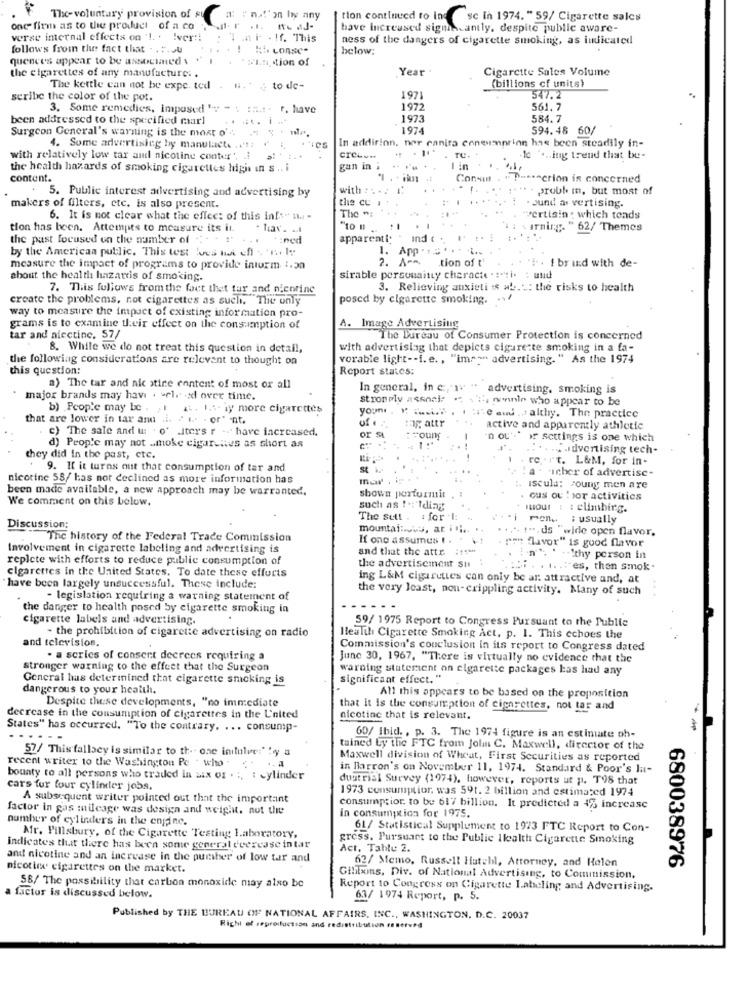
The- voluntary provision of stea: " no!' on by any
tion continued to ind se in 1974. " 59/ Cigarette sales
one firm as to the product of a co
have increased sigmin-antly, despite public aware-
verse internal effects on ' !. . Iver !!
. . ni . If. This
ness of the dangers of cigarette smoking, as indicated
follows from the fact that .. .. Ju
# :. conNC-
below;
quences appear to be associmed \ " I . . sini tion of
the cigarettes of any manufacture: .
Year
Cigarette Sales Volume
(billions of units)
The kettle can not be expe. ted . ". . . to de-
seribe the color of the pot.
1971
547.2
3. Some remedies, imposed " - : ::.: . r. have
1977
561. 7
been addressed to the specified marl
1973
584.7
Surgeon General's warning is the most o'
1974
594.48 60/
In addition, nor canira coneumnrinn has been steadily in-
4. Some advertisieg by manulacte . d' !!
with relatively low tar aud nicotine conter '.
CrCL ...
TU.
to " ... ing trend that be-
the health hazards of smoking cigarettes high in s .. i
gan in . ..
I in
content.
Consu . "
.. action is concerned
5. Public interest advertising and advertising by
with : 1.2 1.
. 1.
. probb mn, but most of
the cu
. ound as vertising.
makers of filters, etc. is also present.
The ":
6. It is not clear what the effect of this infs- a -
wertisin : which tends
tion has been. Attempts to measure its il.
. hav. ..
"to n.
arning. " 62/ Themes
the past focused on the number of 1. - "' .. . .: ned
apparenti
Ind c .,
by the American public. This test tous ha eff , 'n. l:
1. App . . . . . . ..
2. A^^ tion of t'
tion of t'
" !. . I br and with de-
measure the impact of programs to provide intorm t.30
about the health hazattis of smoking.
sirable personaitty charactersi. : und
7. This follows from the fact that tur and nicorine
3. Relieving anxieti is ab .: : the risks to health
create the problems, not cigarettes as such, The only
posed by cigarette smoking.
way to measure the impact of existing information pro-
A. Image Advertising
grams is to examine their effect on the consumption of
tar and niectinc. 57/
The Bureau of Consumer Protection is concerned
8. While we do not treat this question in detail,
with advertising that depicts cigarette smoking in a fa-
the following considerations are relevant to thought on
vorable light -- i. e ., "im""" advertising." As the 1974
this question:
Report states:
a) The tar and nic stine enntent of most ox all
In general, in c, av " advertising, smoking is
major brands may have . - ele -ed over time.
strongly asenale . s'i', nonnie who appear to be
b) People may be . , 1 ... I ... iy more cigarettes
youn. " ..... . . ... e and . althy. The practice
that are lower in tar and .i. . ... . or" nt.
of .
c) The sale and u: ' o' Iters r -- have increased.
:og attr
active and apparently athletic
or S
'n ou' or settings is one which
d) People may not smoke cigarsnes as short as
. .. . advertising tech-
they did In the past, etc.
rert. L&M, for in-
9. If it turns out that consumption of tar and
st
a . 'icher of advertise-
nicotine 58/ has nor declined as more information has
been made available, a new approach may be warranted.
:. iscula: young men are
We comment on this below.
shown perturmit
. cus ou "por activities
such as !- Iding
itout : : climbirg.
The sett . : for 1:
men. : usually
Discussion:
mountainous, ar ini.
!".ds "wide open flavor.
The history of the Federal Trade Commission
If one assumes t .
"rest flavor" is good flavor
Involvement in cigarette labeling and advertising is
and that the attr. :***
replete with efforts to reduce public consumption of
the advertisement su
welthy person in
cigarettes in the United States. To date these efforts
es, then smok -
ing L&M cigarettes can only be ar attractive and, at
have been largely unsuccessful. These include:
the very least, non- crippling activity. Many of such
- legislation requiring a warning statement of
the danger to health posed by cigarette smoking in
cigarette labels and advertising.
59/ 1975 Report to Congress Pursuant to the Public
- the prohibition of cigarette advertising on radio
Health Cigarette Smoking Act, p. 1. This echoes the
and television.
Commission's conclusion in its report to Congress dated
. a series of consent decrees requiring a
June 30, 1967, "There is virtually no evidence that the
stronger warning to the effect that the Surgeon
warning statement on cigarette packages kas had any
General has determined that cigarette smoking is
significant effect. "
dangerous to your health.
Despite these developments, "no immediate
All this appears to be based on the proposition
that it is the consumption of cigarettes, not tar and
decrease in the consumption of cigarettes in the United
nicotine that is relevant.
States" has occurred. "To the contrary. ... consump-
.---
60/ Ibid ., p. 3. The 1974 figure is an estimate oh-
57/ This fallacy is similar to th -- one initulee:" !y a
tained Ly tlic FTC from Joli C. Maxwell, director of the
recent writer to the Washington Pe - who
Maxwell division of Wheat, First Securities as reported
in Barron's on November 11, 1974. Standard & Poor's la-
bounty to all persons who traded in six of . :, : cylinder
dustrial Survey (1974), however, reports ut p. T98 that
cars for four cylinder jobs.
1973 consumption, was 59t. 2 billion and estimated 1974
A subsequent writer pointed out that the important
factor in gas mileage was design and weight, not the
consumption to be 617 billion. It predicted a 4% increase
in consumption for 1975.
number of cylinders in the engine.
61/ Statistical Supplement to 1923 FTC Report to Con-
Mr. Pillsbury, of the Cigarette Testing Laboratory,
gress. Pursuant to the Public Health Cigarette Smoking
indicates that there has been some general deerease in tar
Act, Tabtu 2.
and nicotine and an increase in the punter of low tar and
62/ Memo, Russell Hatchl, Attorney, and Helen
nicotine cigarettes on the market.
680038976
Gibibons, Div. of National Advertising, to Comuinission,
58/ The possibility that carbon monoxide may also be
Report to Congress on Cigarette Labeling and Advertising.
a factor is discussed below.
63/ 1974 Report, p. 5.
Published by THE BUREAU OF NATIONAL AFFAIRS, INC ., WASHINGTON, D.C. 20037
Right of seproifuction and redistribution reserved